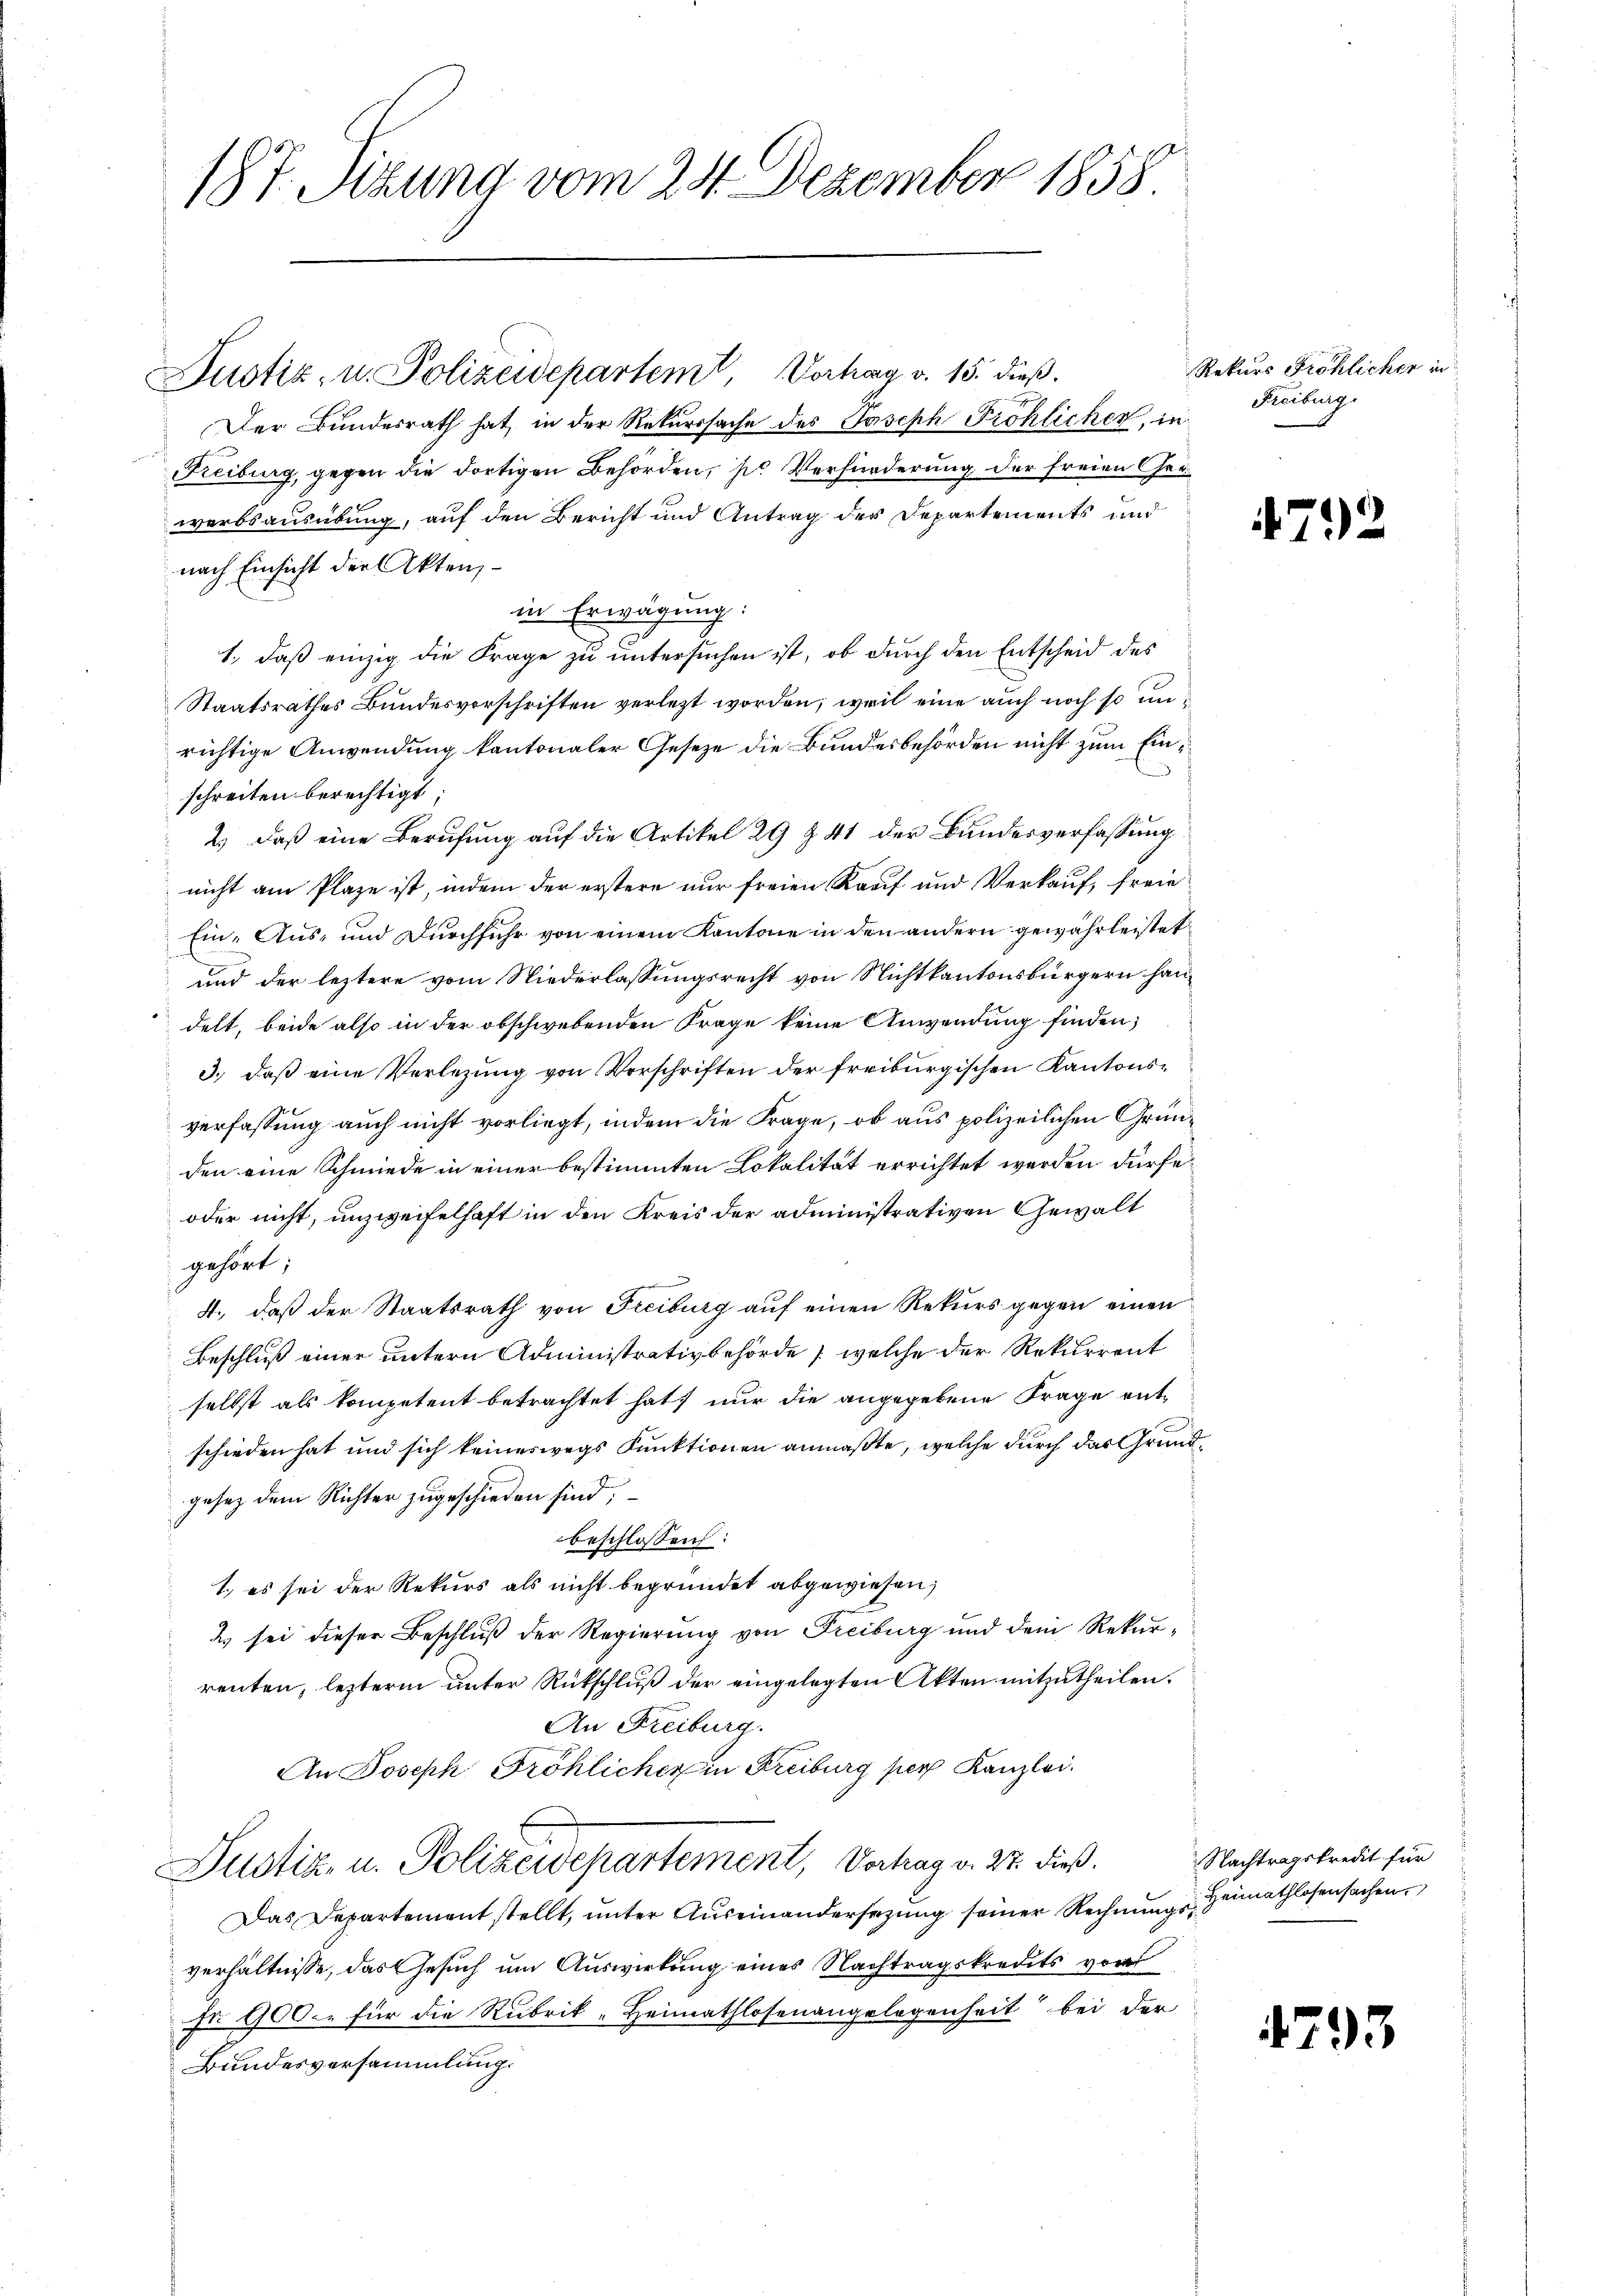
187. Sizung vom 24. Dezember 1858

Justiz- u. Polizeidepartem, Vorhag v. 15. dieß.
Der Bundesrath hat, in der Rekurssache des Joseph Fröhlicher, in
Freiburg, gegen die dortigen Behörden, so Verfürderung der freien Ger
werbsausübung, auf den Bericht und Antrag der Departements und
nach Einsicht der Akten,
in Erwägung:
1., daß einzig die Frage zu untersuchen ist, ob durch den Entscheid des
Staatsrathes Bundesvorschriften verlezt worden; weil eine auch noch so unrichtige Anwendung kantonaler Gesetze die Bundesbehörden nicht zum Ein¬
.
schreiten berechtigt;
2.) Daß eine Berufung auf die Artikel 29 § 41 der Bundesverfassung
nicht am Plaze ist, indem der erstere nur freien Kauf und Verkauf, freie
Ein- Aus- und Durchfuhr von einem Kantone in den andern gewährleistet
und der leztere vom Niederlassungsrecht von Nichtkantonsbürgern handelt, beide also in der obschwebenden Frage keine Anwendung finden;
3.) daß eine Verlegung von Vorschriften der freiburgischen Kantonsverfassung auch nicht vorliegt, indem die Frage, ob aus polizeilichen Gründen eine Schmiede in einer bestimmten Lokalität errichtet werden dürfe,
oder nicht, unzweifelhaft in den Kreis der administrativen Gewalt
gehört;
4., daß der Staatsrath von Freiburg auf einen Rekurs gegen einen
Beschluß einer untern Administrativbehörde (welche der Rekurrent
selbst als kompetent betrachtet hat, nur die angegebene Frage entschieden hat und sich keineswegs Funktionen anmaßte, welche durch das Grundgesez dem Richter zugeschieden sind,
beschlossen:
1.) es sei der Rekurs als nicht begründet abgewiesen,
2 sei dieser Beschluß der Regierung von Freiburg und dem Rekurrenten, lezterm unter Rückschluß der eingelegten Akten mitzutheilen.
An Freiburg.
An Joseph Fröhlicher in Freiburg pers Kanzlei.
Justiz- u. Polizewepartement, Vortrag v. 27. dieß.
Das Departement stellt, ŭnter Aŭseinandersetzŭng seiner Rechnŭng Heimathlosensachen
verhältnisse, das Gesuch um Auswirkung eines Nachtragskredits von
Fr 900. für die Rubrik-Heimathlosenangelegenheit bei der
Bundesversammlung.

Rekurs Fröhlicher in
Freiburg.

4792

Nachtragskredit für

4793